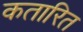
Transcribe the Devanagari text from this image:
कतारित